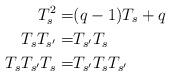
LaTeX: \begin{align*} T_s^2=&(q-1)T_s+q&&\\ T_sT_{s'}=&T_{s'}T_s&&\\ T_sT_{s'}T_s=&T_{s'}T_sT_{s'}&& \end{align*}